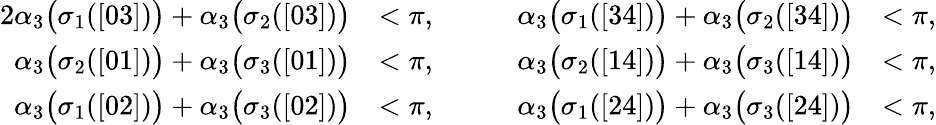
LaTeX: \begin{array}{rlrl}{{2}\alpha_{3}\bigl(\sigma_{1}([03])\bigr)+\alpha_{3}\bigl(\sigma_{2}([03])\bigr)}&{<\pi,}&{\qquad\alpha_{3}\bigl(\sigma_{1}([34])\bigr)+\alpha_{3}\bigl(\sigma_{2}([34])\bigr)}&{<\pi,}\\ {\alpha_{3}\bigl(\sigma_{2}([01])\bigr)+\alpha_{3}\bigl(\sigma_{3}([01])\bigr)}&{<\pi,}&{\qquad\alpha_{3}\bigl(\sigma_{2}([14])\bigr)+\alpha_{3}\bigl(\sigma_{3}([14])\bigr)}&{<\pi,}\\ {\alpha_{3}\bigl(\sigma_{1}([02])\bigr)+\alpha_{3}\bigl(\sigma_{3}([02])\bigr)}&{<\pi,}&{\qquad\alpha_{3}\bigl(\sigma_{1}([24])\bigr)+\alpha_{3}\bigl(\sigma_{3}([24])\bigr)}&{<\pi,}\end{array}